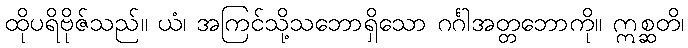
ထိုပရိဗိုဇ်သည်။ ယံ၊ အကြင်သို့သဘောရှိသော ဂင်္ဂါအတ္တဘောကို။ ဣစ္ဆတိ၊